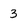
Character: 3